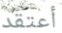
أعتقد